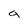
Character: a